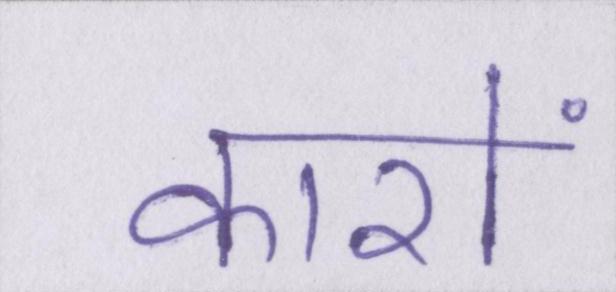
कारों